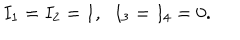
I _ { 1 } = I _ { 2 } = 1 , \; \; I _ { 3 } = I _ { 4 } = 0 .